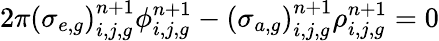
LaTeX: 2\pi\left(\sigma_{e,g}\right)_{i,j,g}^{n+1}\phi_{i,j,g}^{n+1}-\left(\sigma_{a,g}\right)_{i,j,g}^{n+1}\rho_{i,j,g}^{n+1}=0